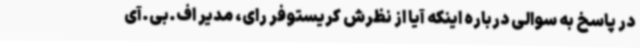
در پاسخ به سوالی درباره اینکه آیا از نظرش کریستوفر رای، مدیر اف.بی.آی